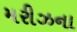
મરીઝના